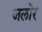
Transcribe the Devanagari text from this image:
जलोर